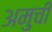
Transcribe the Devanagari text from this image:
अमुची